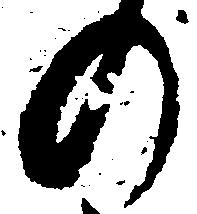
の